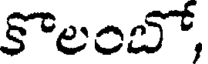
కొలంబో,